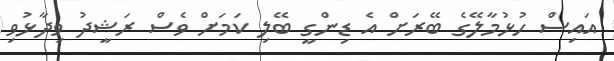
އައިސް ހުޅުމާލޭގެ ބޭރަށް އެ ޑިންގީ ބޭލި ކަމަށް ވެސް ރަޝީދު ވިދާޅުވި